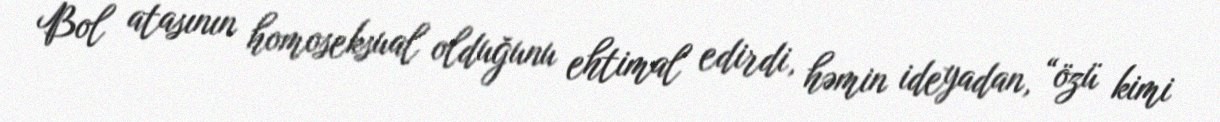
Bol atasının homoseksual olduğunu ehtimal edirdi, həmin ideyadan, “özü kimi